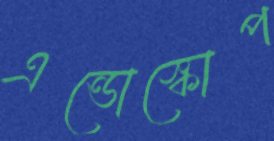
এন্ডোস্কোপ